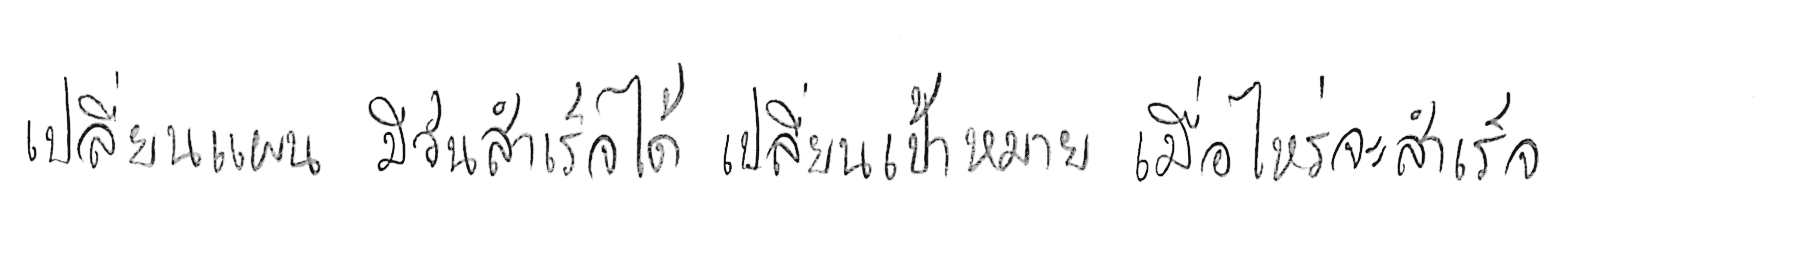
เปลี่ยนแผน มีวันสำเร็จได้ เปลี่ยนเป้าหมาย เมื่อไหร่จะสำเร็จ